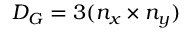
D _ { G } = 3 ( n _ { x } \times n _ { y } )